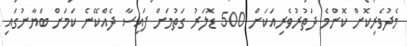
މެދުވެރިކޮށް ކޮންމެ ދަތުރުވެރިއަކަށް 500 ޑޮލަރު ގަތުމަށް ފައިސާ ދެއްކޭނެ ކަމަށް ބަޔާނުގައި